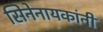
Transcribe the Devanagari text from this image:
सिनेनायकांनी